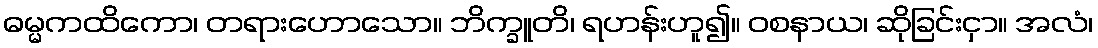
ဓမ္မကထိကော၊ တရားဟောသော။ ဘိက္ခူတိ၊ ရဟန်းဟူ၍။ ဝစနာယ၊ ဆိုခြင်းငှာ။ အလံ၊